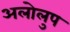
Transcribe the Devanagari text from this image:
अलोलुप